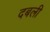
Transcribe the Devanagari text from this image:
दबली